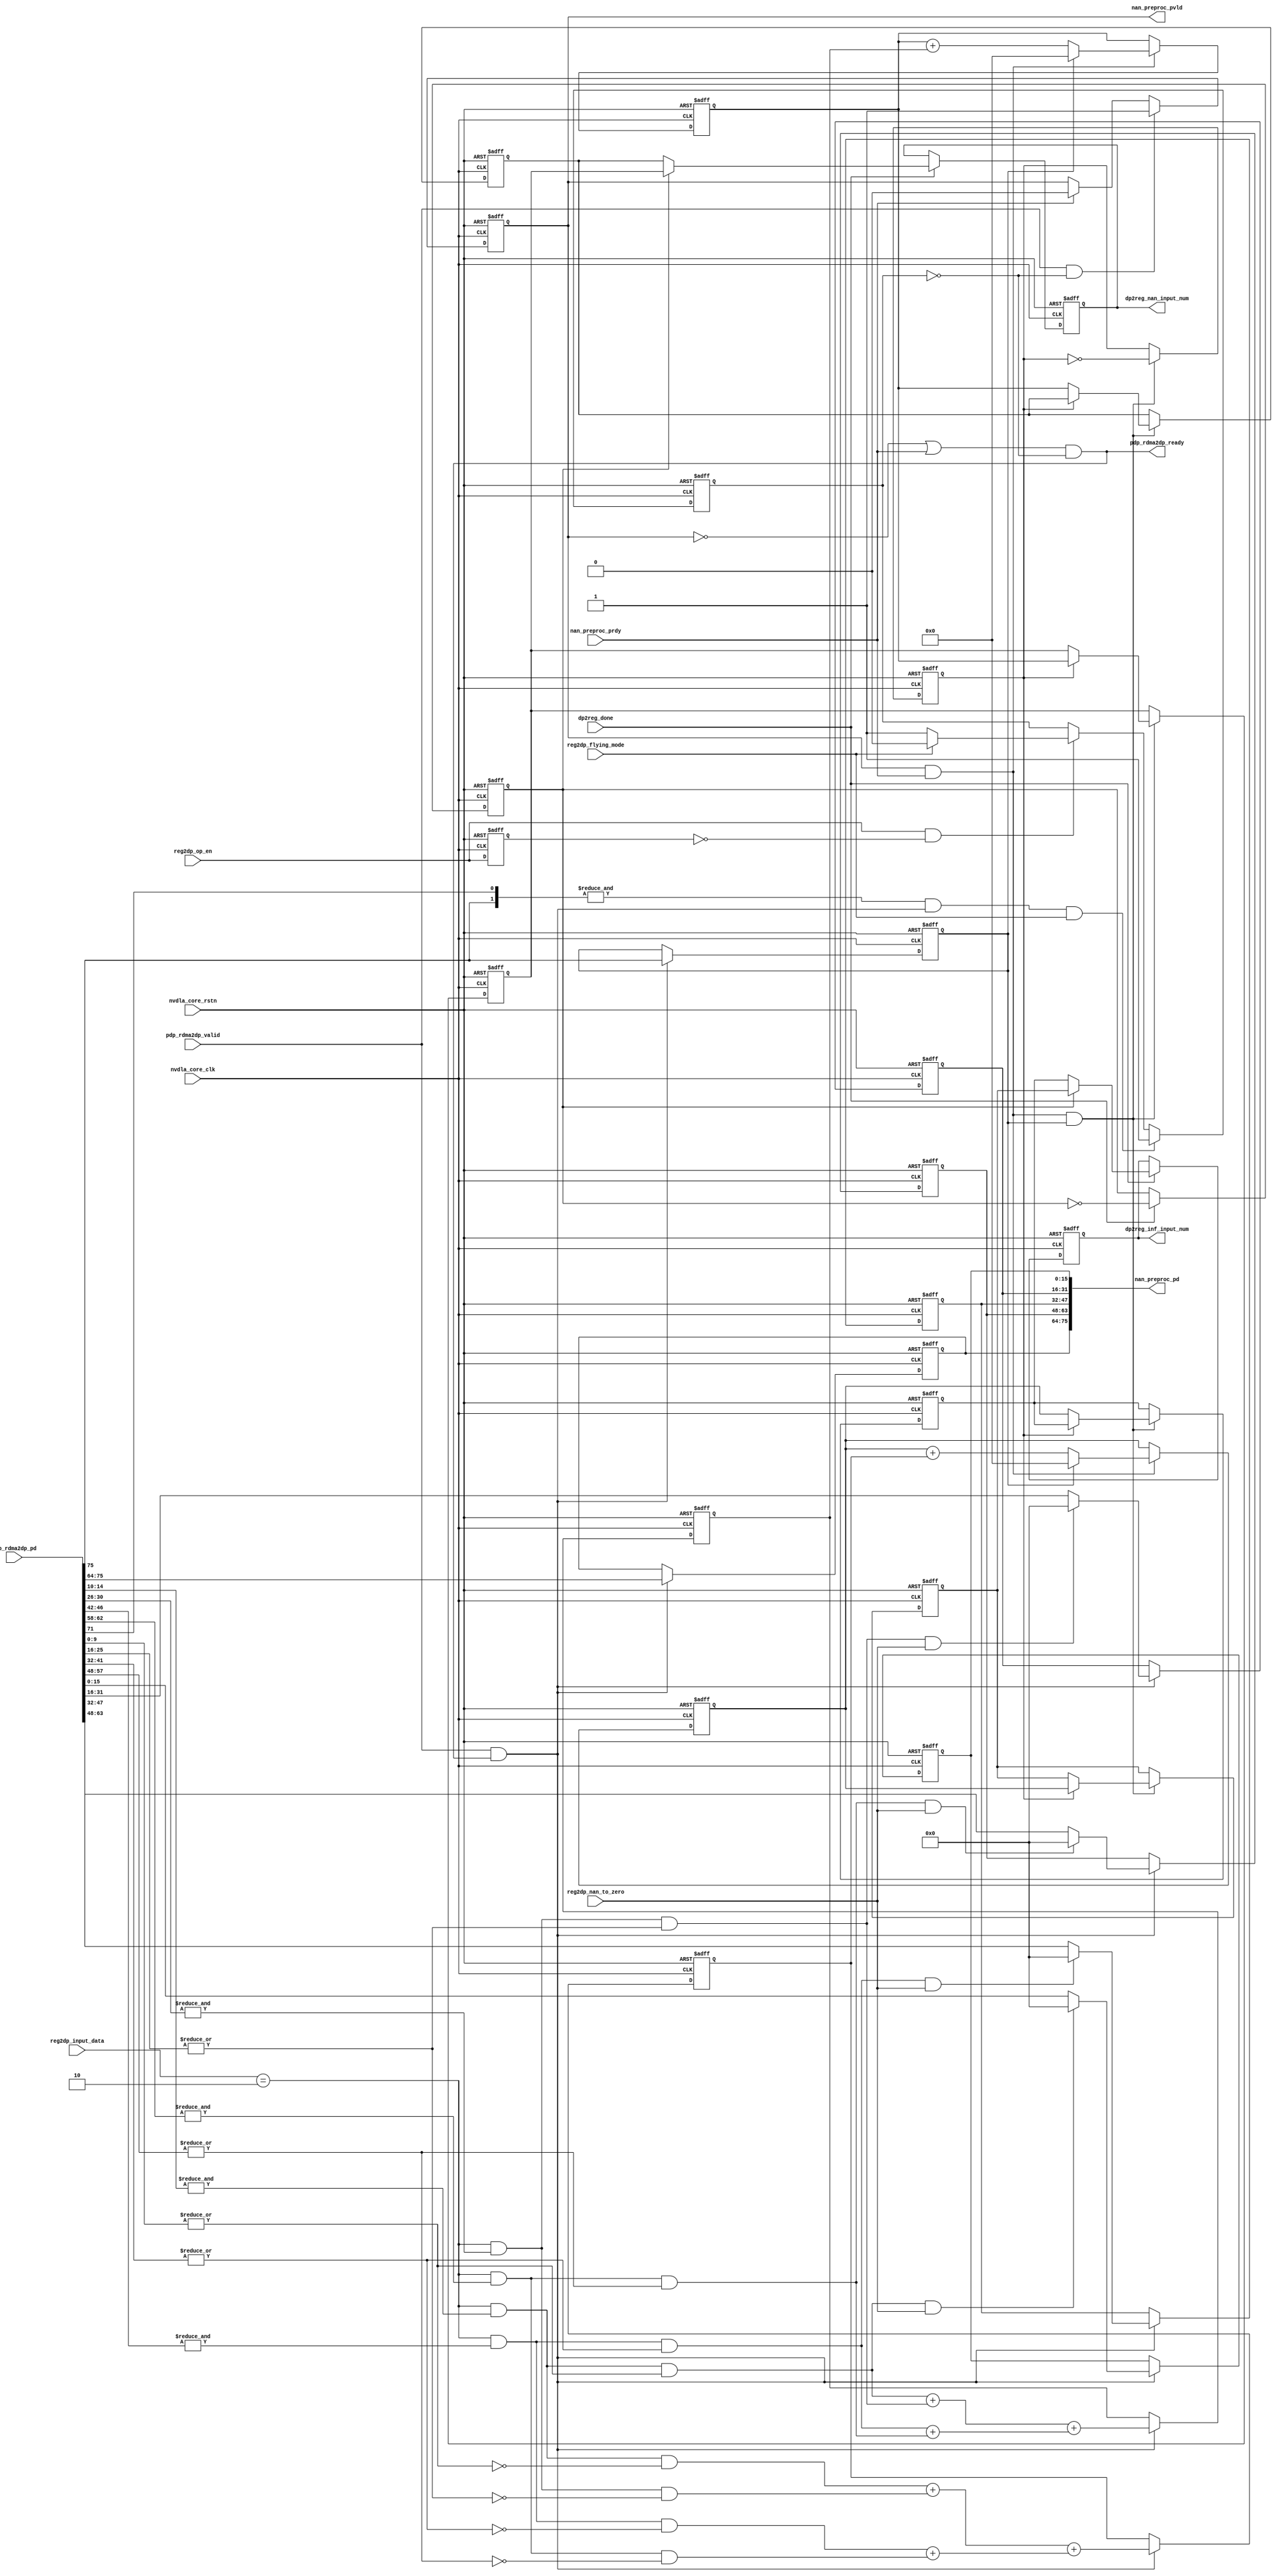
// ================================================================
// NVDLA Open Source Project
// 
// Copyright(c) 2016 - 2017 NVIDIA Corporation.  Licensed under the
// NVDLA Open Hardware License; Check "LICENSE" which comes with 
// this distribution for more information.
// ================================================================


module NV_NVDLA_PDP_nan (
   nvdla_core_clk
  ,nvdla_core_rstn
  ,dp2reg_done
  ,nan_preproc_prdy
  ,pdp_rdma2dp_pd
  ,pdp_rdma2dp_valid
  ,reg2dp_flying_mode
  ,reg2dp_input_data
  ,reg2dp_nan_to_zero
  ,reg2dp_op_en
  ,dp2reg_inf_input_num
  ,dp2reg_nan_input_num
  ,nan_preproc_pd
  ,nan_preproc_pvld
  ,pdp_rdma2dp_ready
  );
input         nvdla_core_clk;
input         nvdla_core_rstn;
input         dp2reg_done;
input         nan_preproc_prdy;
input  [75:0] pdp_rdma2dp_pd;
input         pdp_rdma2dp_valid;
input         reg2dp_flying_mode;
input   [1:0] reg2dp_input_data;
input         reg2dp_nan_to_zero;
input         reg2dp_op_en;
output [31:0] dp2reg_inf_input_num;
output [31:0] dp2reg_nan_input_num;
output [75:0] nan_preproc_pd;
output        nan_preproc_pvld;
output        pdp_rdma2dp_ready;
reg           cube_end_d1;
reg    [11:0] datin_info_d;
reg           din_pvld_d1;
reg    [31:0] dp2reg_inf_input_num;
reg    [31:0] dp2reg_nan_input_num;
reg    [31:0] inf_in_count;
reg    [31:0] inf_in_num0;
reg    [31:0] inf_in_num1;
reg     [2:0] inf_num_in_8byte_d1;
reg           layer_flag;
reg           mon_inf_in_count;
reg           mon_nan_in_count;
reg    [31:0] nan_in_count;
reg    [31:0] nan_in_num0;
reg    [31:0] nan_in_num1;
reg     [2:0] nan_num_in_8byte_d1;
reg    [15:0] nan_preproc_pd0;
reg    [15:0] nan_preproc_pd1;
reg    [15:0] nan_preproc_pd2;
reg    [15:0] nan_preproc_pd3;
reg           op_en_d1;
reg           waiting_for_op_en;
reg           wdma_layer_flag;
wire          cube_end;
wire    [3:0] dat_is_inf;
wire    [3:0] dat_is_nan;
wire          din_prdy_d1;
wire          fp16_en;
wire   [15:0] fp16_in_pd_0;
wire   [15:0] fp16_in_pd_1;
wire   [15:0] fp16_in_pd_2;
wire   [15:0] fp16_in_pd_3;
wire    [2:0] inf_num_in_8byte;
wire    [1:0] inf_num_in_8byte_0;
wire    [1:0] inf_num_in_8byte_1;
wire          layer_end;
wire          load_din;
wire          load_din_d1;
wire    [2:0] nan_num_in_8byte;
wire    [1:0] nan_num_in_8byte_0;
wire    [1:0] nan_num_in_8byte_1;
wire          onfly_en;
wire          op_en_load;
wire          pdp_rdma2dp_ready_f;
wire          tozero_en;
wire          wdma_done;
// synoff nets

// monitor nets

// debug nets

// tie high nets

// tie low nets

// no connect nets

// not all bits used nets

// todo nets

    
//&Force internal /pdp_nanin_intr/;
//==========================================
//DP input side
//==========================================
//----------------------------------------
//pdp_rdma2dp_pd[78:0]
//pdp_rdma2dp_valid
//pdp_rdma2dp_ready
assign pdp_rdma2dp_ready = pdp_rdma2dp_ready_f;
assign pdp_rdma2dp_ready_f = (~din_pvld_d1 | din_prdy_d1) & (~waiting_for_op_en);
assign load_din = pdp_rdma2dp_valid & pdp_rdma2dp_ready_f;
//----------------------------------------
//assign propagate_en = reg2dp_nan_to_zero == NVDLA_PDP_D_NAN_FLUSH_TO_ZERO_0_NAN_TO_ZERO_DISABLE;
assign tozero_en = reg2dp_nan_to_zero == 1'h1 ;
assign fp16_en = (reg2dp_input_data[1:0]== 2'h2 );
assign onfly_en = (reg2dp_flying_mode == 1'h0 );
//----------------------------------------
assign fp16_in_pd_0 = pdp_rdma2dp_pd[15:0]  ;
assign fp16_in_pd_1 = pdp_rdma2dp_pd[31:16] ;
assign fp16_in_pd_2 = pdp_rdma2dp_pd[47:32] ;
assign fp16_in_pd_3 = pdp_rdma2dp_pd[63:48] ;

assign dat_is_nan[0] = fp16_en & (&fp16_in_pd_0[14:10]) & (|fp16_in_pd_0[9:0]);
assign dat_is_nan[1] = fp16_en & (&fp16_in_pd_1[14:10]) & (|fp16_in_pd_1[9:0]);
assign dat_is_nan[2] = fp16_en & (&fp16_in_pd_2[14:10]) & (|fp16_in_pd_2[9:0]);
assign dat_is_nan[3] = fp16_en & (&fp16_in_pd_3[14:10]) & (|fp16_in_pd_3[9:0]);

assign dat_is_inf[0] = fp16_en & (&fp16_in_pd_0[14:10]) & (~(|fp16_in_pd_0[9:0]));
assign dat_is_inf[1] = fp16_en & (&fp16_in_pd_1[14:10]) & (~(|fp16_in_pd_1[9:0]));
assign dat_is_inf[2] = fp16_en & (&fp16_in_pd_2[14:10]) & (~(|fp16_in_pd_2[9:0]));
assign dat_is_inf[3] = fp16_en & (&fp16_in_pd_3[14:10]) & (~(|fp16_in_pd_3[9:0]));

//////////////////////////////////////////////////////////////////////
//waiting for op_en
//////////////////////////////////////////////////////////////////////
always @(posedge nvdla_core_clk or negedge nvdla_core_rstn) begin
  if (!nvdla_core_rstn) begin
    op_en_d1 <= 1'b0;
  end else begin
  op_en_d1 <= reg2dp_op_en;
  end
end
assign op_en_load = reg2dp_op_en & (~op_en_d1);
assign layer_end = &{pdp_rdma2dp_pd[75],pdp_rdma2dp_pd[71]} & load_din;

always @(posedge nvdla_core_clk or negedge nvdla_core_rstn) begin
  if (!nvdla_core_rstn) begin
    waiting_for_op_en <= 1'b1;
  end else begin
    if(layer_end & (~onfly_en))
        waiting_for_op_en <= 1'b1;
    else if(op_en_load) begin
        if(onfly_en)
            waiting_for_op_en <= 1'b1;
        else if(~onfly_en)
            waiting_for_op_en <= 1'b0;
    end
  end
end

//VCS coverage off
`ifndef DISABLE_FUNCPOINT
  `ifdef ENABLE_FUNCPOINT

    reg funcpoint_cover_off;
    initial begin
        if ( $test$plusargs( "cover_off" ) ) begin
            funcpoint_cover_off = 1'b1;
        end else begin
            funcpoint_cover_off = 1'b0;
        end
    end

    property RDMA_NewLayer_out_req_And_core_CurLayer_not_finish__0_cov;
        disable iff((nvdla_core_rstn !== 1) || funcpoint_cover_off)
        @(posedge nvdla_core_clk)
        waiting_for_op_en & (~pdp_rdma2dp_ready_f) & pdp_rdma2dp_valid;
    endproperty
    // Cover 0 : "waiting_for_op_en & (~pdp_rdma2dp_ready_f) & pdp_rdma2dp_valid"
    FUNCPOINT_RDMA_NewLayer_out_req_And_core_CurLayer_not_finish__0_COV : cover property (RDMA_NewLayer_out_req_And_core_CurLayer_not_finish__0_cov);

  `endif
`endif
//VCS coverage on

/////////////////////////////////////
//NaN process mode control
/////////////////////////////////////
always @(posedge nvdla_core_clk or negedge nvdla_core_rstn) begin
  if (!nvdla_core_rstn) begin
    nan_preproc_pd0 <= {16{1'b0}};
    nan_preproc_pd1 <= {16{1'b0}};
    nan_preproc_pd2 <= {16{1'b0}};
    nan_preproc_pd3 <= {16{1'b0}};
    datin_info_d <= {12{1'b0}};
  end else begin
    if(load_din) begin
        nan_preproc_pd0 <= (dat_is_nan[0] & tozero_en) ? 16'd0 : fp16_in_pd_0;
        nan_preproc_pd1 <= (dat_is_nan[1] & tozero_en) ? 16'd0 : fp16_in_pd_1;
        nan_preproc_pd2 <= (dat_is_nan[2] & tozero_en) ? 16'd0 : fp16_in_pd_2;
        nan_preproc_pd3 <= (dat_is_nan[3] & tozero_en) ? 16'd0 : fp16_in_pd_3;
        datin_info_d    <= pdp_rdma2dp_pd[75:64];
    end
  end
end

always @(posedge nvdla_core_clk or negedge nvdla_core_rstn) begin
  if (!nvdla_core_rstn) begin
    din_pvld_d1 <= 1'b0;
  end else begin
    if(pdp_rdma2dp_valid & (~waiting_for_op_en))
        din_pvld_d1 <= 1'b1;
    else if(din_prdy_d1)
        din_pvld_d1 <= 1'b0;
  end
end
assign din_prdy_d1 = nan_preproc_prdy;
//-------------output data -----------------
assign nan_preproc_pd = {datin_info_d,nan_preproc_pd3,nan_preproc_pd2,nan_preproc_pd1,nan_preproc_pd0};
assign nan_preproc_pvld = din_pvld_d1;

/////////////////////////////////////
//input NaN element count
/////////////////////////////////////
assign cube_end = pdp_rdma2dp_pd[75];

assign nan_num_in_8byte_0[1:0] = dat_is_nan[0] + dat_is_nan[1];
assign nan_num_in_8byte_1[1:0] = dat_is_nan[2] + dat_is_nan[3];
assign nan_num_in_8byte[2:0]   = nan_num_in_8byte_0 + nan_num_in_8byte_1;

always @(posedge nvdla_core_clk or negedge nvdla_core_rstn) begin
  if (!nvdla_core_rstn) begin
    cube_end_d1 <= 1'b0;
  end else begin
  if ((load_din) == 1'b1) begin
    cube_end_d1 <= cube_end;
  // VCS coverage off
  end else if ((load_din) == 1'b0) begin
  end else begin
    cube_end_d1 <= 'bx;  // spyglass disable STARC-2.10.1.6 W443 NoWidthInBasedNum-ML -- (Constant containing x or z used, Based number `bx contains an X, Width specification missing for based number)
  // VCS coverage on
  end
  end
end
`ifdef SPYGLASS_ASSERT_ON
`else
// spyglass disable_block NoWidthInBasedNum-ML 
// spyglass disable_block STARC-2.10.3.2a 
// spyglass disable_block STARC05-2.1.3.1 
// spyglass disable_block STARC-2.1.4.6 
// spyglass disable_block W116 
// spyglass disable_block W154 
// spyglass disable_block W239 
// spyglass disable_block W362 
// spyglass disable_block WRN_58 
// spyglass disable_block WRN_61 
`endif // SPYGLASS_ASSERT_ON
`ifdef ASSERT_ON
`ifdef FV_ASSERT_ON
`define ASSERT_RESET nvdla_core_rstn
`else
`ifdef SYNTHESIS
`define ASSERT_RESET nvdla_core_rstn
`else
`ifdef ASSERT_OFF_RESET_IS_X
`define ASSERT_RESET ((1'bx === nvdla_core_rstn) ? 1'b0 : nvdla_core_rstn)
`else
`define ASSERT_RESET ((1'bx === nvdla_core_rstn) ? 1'b1 : nvdla_core_rstn)
`endif // ASSERT_OFF_RESET_IS_X
`endif // SYNTHESIS
`endif // FV_ASSERT_ON
`ifndef SYNTHESIS
  // VCS coverage off 
  nv_assert_no_x #(0,1,0,"No X's allowed on control signals")      zzz_assert_no_x_1x (nvdla_core_clk, `ASSERT_RESET, 1'd1,  (^(load_din))); // spyglass disable W504 SelfDeterminedExpr-ML 
  // VCS coverage on
`endif
`undef ASSERT_RESET
`endif // ASSERT_ON
`ifdef SPYGLASS_ASSERT_ON
`else
// spyglass enable_block NoWidthInBasedNum-ML 
// spyglass enable_block STARC-2.10.3.2a 
// spyglass enable_block STARC05-2.1.3.1 
// spyglass enable_block STARC-2.1.4.6 
// spyglass enable_block W116 
// spyglass enable_block W154 
// spyglass enable_block W239 
// spyglass enable_block W362 
// spyglass enable_block WRN_58 
// spyglass enable_block WRN_61 
`endif // SPYGLASS_ASSERT_ON
always @(posedge nvdla_core_clk or negedge nvdla_core_rstn) begin
  if (!nvdla_core_rstn) begin
    nan_num_in_8byte_d1 <= {3{1'b0}};
  end else begin
  if ((load_din) == 1'b1) begin
    nan_num_in_8byte_d1 <= nan_num_in_8byte[2:0];
  // VCS coverage off
  end else if ((load_din) == 1'b0) begin
  end else begin
    nan_num_in_8byte_d1 <= 'bx;  // spyglass disable STARC-2.10.1.6 W443 NoWidthInBasedNum-ML -- (Constant containing x or z used, Based number `bx contains an X, Width specification missing for based number)
  // VCS coverage on
  end
  end
end
`ifdef SPYGLASS_ASSERT_ON
`else
// spyglass disable_block NoWidthInBasedNum-ML 
// spyglass disable_block STARC-2.10.3.2a 
// spyglass disable_block STARC05-2.1.3.1 
// spyglass disable_block STARC-2.1.4.6 
// spyglass disable_block W116 
// spyglass disable_block W154 
// spyglass disable_block W239 
// spyglass disable_block W362 
// spyglass disable_block WRN_58 
// spyglass disable_block WRN_61 
`endif // SPYGLASS_ASSERT_ON
`ifdef ASSERT_ON
`ifdef FV_ASSERT_ON
`define ASSERT_RESET nvdla_core_rstn
`else
`ifdef SYNTHESIS
`define ASSERT_RESET nvdla_core_rstn
`else
`ifdef ASSERT_OFF_RESET_IS_X
`define ASSERT_RESET ((1'bx === nvdla_core_rstn) ? 1'b0 : nvdla_core_rstn)
`else
`define ASSERT_RESET ((1'bx === nvdla_core_rstn) ? 1'b1 : nvdla_core_rstn)
`endif // ASSERT_OFF_RESET_IS_X
`endif // SYNTHESIS
`endif // FV_ASSERT_ON
`ifndef SYNTHESIS
  // VCS coverage off 
  nv_assert_no_x #(0,1,0,"No X's allowed on control signals")      zzz_assert_no_x_2x (nvdla_core_clk, `ASSERT_RESET, 1'd1,  (^(load_din))); // spyglass disable W504 SelfDeterminedExpr-ML 
  // VCS coverage on
`endif
`undef ASSERT_RESET
`endif // ASSERT_ON
`ifdef SPYGLASS_ASSERT_ON
`else
// spyglass enable_block NoWidthInBasedNum-ML 
// spyglass enable_block STARC-2.10.3.2a 
// spyglass enable_block STARC05-2.1.3.1 
// spyglass enable_block STARC-2.1.4.6 
// spyglass enable_block W116 
// spyglass enable_block W154 
// spyglass enable_block W239 
// spyglass enable_block W362 
// spyglass enable_block WRN_58 
// spyglass enable_block WRN_61 
`endif // SPYGLASS_ASSERT_ON
always @(posedge nvdla_core_clk or negedge nvdla_core_rstn) begin
  if (!nvdla_core_rstn) begin
    inf_num_in_8byte_d1 <= {3{1'b0}};
  end else begin
  if ((load_din) == 1'b1) begin
    inf_num_in_8byte_d1 <= inf_num_in_8byte[2:0];
  // VCS coverage off
  end else if ((load_din) == 1'b0) begin
  end else begin
    inf_num_in_8byte_d1 <= 'bx;  // spyglass disable STARC-2.10.1.6 W443 NoWidthInBasedNum-ML -- (Constant containing x or z used, Based number `bx contains an X, Width specification missing for based number)
  // VCS coverage on
  end
  end
end
`ifdef SPYGLASS_ASSERT_ON
`else
// spyglass disable_block NoWidthInBasedNum-ML 
// spyglass disable_block STARC-2.10.3.2a 
// spyglass disable_block STARC05-2.1.3.1 
// spyglass disable_block STARC-2.1.4.6 
// spyglass disable_block W116 
// spyglass disable_block W154 
// spyglass disable_block W239 
// spyglass disable_block W362 
// spyglass disable_block WRN_58 
// spyglass disable_block WRN_61 
`endif // SPYGLASS_ASSERT_ON
`ifdef ASSERT_ON
`ifdef FV_ASSERT_ON
`define ASSERT_RESET nvdla_core_rstn
`else
`ifdef SYNTHESIS
`define ASSERT_RESET nvdla_core_rstn
`else
`ifdef ASSERT_OFF_RESET_IS_X
`define ASSERT_RESET ((1'bx === nvdla_core_rstn) ? 1'b0 : nvdla_core_rstn)
`else
`define ASSERT_RESET ((1'bx === nvdla_core_rstn) ? 1'b1 : nvdla_core_rstn)
`endif // ASSERT_OFF_RESET_IS_X
`endif // SYNTHESIS
`endif // FV_ASSERT_ON
`ifndef SYNTHESIS
  // VCS coverage off 
  nv_assert_no_x #(0,1,0,"No X's allowed on control signals")      zzz_assert_no_x_3x (nvdla_core_clk, `ASSERT_RESET, 1'd1,  (^(load_din))); // spyglass disable W504 SelfDeterminedExpr-ML 
  // VCS coverage on
`endif
`undef ASSERT_RESET
`endif // ASSERT_ON
`ifdef SPYGLASS_ASSERT_ON
`else
// spyglass enable_block NoWidthInBasedNum-ML 
// spyglass enable_block STARC-2.10.3.2a 
// spyglass enable_block STARC05-2.1.3.1 
// spyglass enable_block STARC-2.1.4.6 
// spyglass enable_block W116 
// spyglass enable_block W154 
// spyglass enable_block W239 
// spyglass enable_block W362 
// spyglass enable_block WRN_58 
// spyglass enable_block WRN_61 
`endif // SPYGLASS_ASSERT_ON

assign load_din_d1 = din_pvld_d1 & din_prdy_d1;
always @(posedge nvdla_core_clk or negedge nvdla_core_rstn) begin
  if (!nvdla_core_rstn) begin
    {mon_nan_in_count,nan_in_count[31:0]} <= {33{1'b0}};
  end else begin
    if(load_din_d1) begin
        if(cube_end_d1)
            {mon_nan_in_count,nan_in_count[31:0]} <= 33'd0;
        else
            {mon_nan_in_count,nan_in_count[31:0]} <= nan_in_count + nan_num_in_8byte_d1;
    end
  end
end

assign inf_num_in_8byte_0[1:0] = dat_is_inf[0] + dat_is_inf[1];
assign inf_num_in_8byte_1[1:0] = dat_is_inf[2] + dat_is_inf[3];
assign inf_num_in_8byte[2:0]   = inf_num_in_8byte_0 + inf_num_in_8byte_1;
always @(posedge nvdla_core_clk or negedge nvdla_core_rstn) begin
  if (!nvdla_core_rstn) begin
    {mon_inf_in_count,inf_in_count[31:0]} <= {33{1'b0}};
  end else begin
    if(load_din_d1) begin
        if(cube_end_d1)
            {mon_inf_in_count,inf_in_count[31:0]} <= 33'd0;
        else
            {mon_inf_in_count,inf_in_count[31:0]} <= inf_in_count + inf_num_in_8byte_d1;
    end
  end
end
`ifdef SPYGLASS_ASSERT_ON
`else
// spyglass disable_block NoWidthInBasedNum-ML 
// spyglass disable_block STARC-2.10.3.2a 
// spyglass disable_block STARC05-2.1.3.1 
// spyglass disable_block STARC-2.1.4.6 
// spyglass disable_block W116 
// spyglass disable_block W154 
// spyglass disable_block W239 
// spyglass disable_block W362 
// spyglass disable_block WRN_58 
// spyglass disable_block WRN_61 
`endif // SPYGLASS_ASSERT_ON
`ifdef ASSERT_ON
`ifdef FV_ASSERT_ON
`define ASSERT_RESET nvdla_core_rstn
`else
`ifdef SYNTHESIS
`define ASSERT_RESET nvdla_core_rstn
`else
`ifdef ASSERT_OFF_RESET_IS_X
`define ASSERT_RESET ((1'bx === nvdla_core_rstn) ? 1'b0 : nvdla_core_rstn)
`else
`define ASSERT_RESET ((1'bx === nvdla_core_rstn) ? 1'b1 : nvdla_core_rstn)
`endif // ASSERT_OFF_RESET_IS_X
`endif // SYNTHESIS
`endif // FV_ASSERT_ON
  // VCS coverage off 
  nv_assert_never #(0,0,"PDP nan: nan counter no overflow is allowed")      zzz_assert_never_4x (nvdla_core_clk, `ASSERT_RESET, mon_nan_in_count | mon_inf_in_count); // spyglass disable W504 SelfDeterminedExpr-ML 
  // VCS coverage on
`undef ASSERT_RESET
`endif // ASSERT_ON
`ifdef SPYGLASS_ASSERT_ON
`else
// spyglass enable_block NoWidthInBasedNum-ML 
// spyglass enable_block STARC-2.10.3.2a 
// spyglass enable_block STARC05-2.1.3.1 
// spyglass enable_block STARC-2.1.4.6 
// spyglass enable_block W116 
// spyglass enable_block W154 
// spyglass enable_block W239 
// spyglass enable_block W362 
// spyglass enable_block WRN_58 
// spyglass enable_block WRN_61 
`endif // SPYGLASS_ASSERT_ON

always @(posedge nvdla_core_clk or negedge nvdla_core_rstn) begin
  if (!nvdla_core_rstn) begin
    layer_flag <= 1'b0;
    nan_in_num1 <= {32{1'b0}};
    inf_in_num1 <= {32{1'b0}};
    nan_in_num0 <= {32{1'b0}};
    inf_in_num0 <= {32{1'b0}};
  end else begin
    if(load_din_d1 & cube_end_d1) begin
        layer_flag <= ~layer_flag;
        if(layer_flag) begin
            nan_in_num1 <= nan_in_count;
            inf_in_num1 <= inf_in_count;
        end else begin
            nan_in_num0 <= nan_in_count;
            inf_in_num0 <= inf_in_count;
        end
    end
  end
end

//adding dp2reg_done to latch the num and output a sigle one for each
assign wdma_done = dp2reg_done;
always @(posedge nvdla_core_clk or negedge nvdla_core_rstn) begin
  if (!nvdla_core_rstn) begin
    wdma_layer_flag <= 1'b0;
    dp2reg_nan_input_num <= {32{1'b0}};
    dp2reg_inf_input_num <= {32{1'b0}};
  end else begin
    if(wdma_done) begin
        wdma_layer_flag <= ~wdma_layer_flag;
        if(wdma_layer_flag) begin
            dp2reg_nan_input_num <= nan_in_num1;
            dp2reg_inf_input_num <= inf_in_num1;
        end else begin
            dp2reg_nan_input_num <= nan_in_num0;
            dp2reg_inf_input_num <= inf_in_num0;
        end
    end
  end
end

/////////////////////////////////////
////input NaN element interrupt
/////////////////////////////////////
//&Always posedge;
//    if(load_din) begin
//        if(|dat_is_nan) begin
//            if(cube_end)
//                nan_in_flag <0= 1'b0;
//            else
//                nan_in_flag <0= 1'b1;
//        end
//    end
//&End;
//assign flag_1st_nan = load_din & (|dat_is_nan) & (~nan_in_flag) & (~cube_end);
//&Always posedge;
//    if(load_din & cube_end & (|dat_is_nan) & (~nan_in_flag))
//        cubend_is_1st_nan <0= 1'b1;
//    else
//        cubend_is_1st_nan <0= 1'b0;
//&End;


//==============
//function points
//==============
//VCS coverage off
`ifndef DISABLE_FUNCPOINT
  `ifdef ENABLE_FUNCPOINT

    property PDP_RDMA2CORE__rdma_layerDone_stall__1_cov;
        disable iff((nvdla_core_rstn !== 1) || funcpoint_cover_off)
        @(posedge nvdla_core_clk)
        waiting_for_op_en & (~pdp_rdma2dp_ready_f);
    endproperty
    // Cover 1 : "waiting_for_op_en & (~pdp_rdma2dp_ready_f)"
    FUNCPOINT_PDP_RDMA2CORE__rdma_layerDone_stall__1_COV : cover property (PDP_RDMA2CORE__rdma_layerDone_stall__1_cov);

  `endif
`endif
//VCS coverage on


//////////////////////////////////////////////////////////////////////
endmodule // NV_NVDLA_PDP_nan